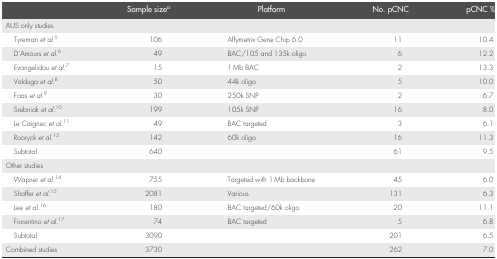
<table><thead><tr><td></td><td><b>Sample sizea</b></td><td><b>Platform</b></td><td><b>No. pCNC</b></td><td><b>pCNC %</b></td></tr></thead><tbody><tr><td>AUS only studies</td><td></td><td></td><td></td><td></td></tr><tr><td> Tyreman <i>et al</i>.5</td><td>106</td><td>Affymetrix Gene Chip 6.0</td><td>11</td><td>10.4</td></tr><tr><td> D&#x27;Amours <i>et al</i>.6</td><td>49</td><td>BAC/105 and 135k oligo</td><td>6</td><td>12.2</td></tr><tr><td> Evangelidou <i>et al</i>.7</td><td>15</td><td>1 Mb BAC</td><td>2</td><td>13.3</td></tr><tr><td> Valduga <i>et al</i>.8</td><td>50</td><td>44k oligo</td><td>5</td><td>10.0</td></tr><tr><td> Faas <i>et al</i>.9</td><td>30</td><td>250k SNP</td><td>2</td><td>6.7</td></tr><tr><td> Srebniak <i>et al</i>.10</td><td>199</td><td>105k SNP</td><td>16</td><td>8.0</td></tr><tr><td> Le Caignec <i>et al</i>.11</td><td>49</td><td>BAC targeted</td><td>3</td><td>6.1</td></tr><tr><td> Rooryck <i>et al</i>.12</td><td>142</td><td>60k oligo</td><td>16</td><td>11.3</td></tr><tr><td> Subtotal</td><td>640</td><td></td><td>61</td><td>9.5</td></tr><tr><td>Other studies</td><td></td><td></td><td></td><td></td></tr><tr><td> Wapner <i>et al</i>.14</td><td>755</td><td>Targeted with 1 Mb backbone</td><td>45</td><td>6.0</td></tr><tr><td> Shaffer <i>et al</i>.15</td><td>2081</td><td>Various</td><td>131</td><td>6.3</td></tr><tr><td> Lee <i>et al</i>.16</td><td>180</td><td>BAC targeted/60k oligo</td><td>20</td><td>11.1</td></tr><tr><td> Fiorentino <i>et al</i>.17</td><td>74</td><td>BAC targeted</td><td>5</td><td>6.8</td></tr><tr><td> Subtotal</td><td>3090</td><td></td><td>201</td><td>6.5</td></tr><tr><td>Combined studies</td><td>3730</td><td></td><td>262</td><td>7.0</td></tr></tbody></table>